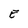
Character: E